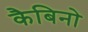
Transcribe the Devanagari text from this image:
कैबिनो